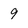
Character: 9